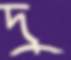
দু